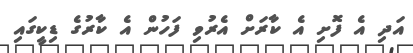
އަދި އެ ފޮށި އެ ކާރަށް އެރުވި ފަހުން އެ ކާރުގެ ޑިކީގައި